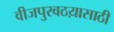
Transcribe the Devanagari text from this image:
वीजपुरवठय़ासाठी